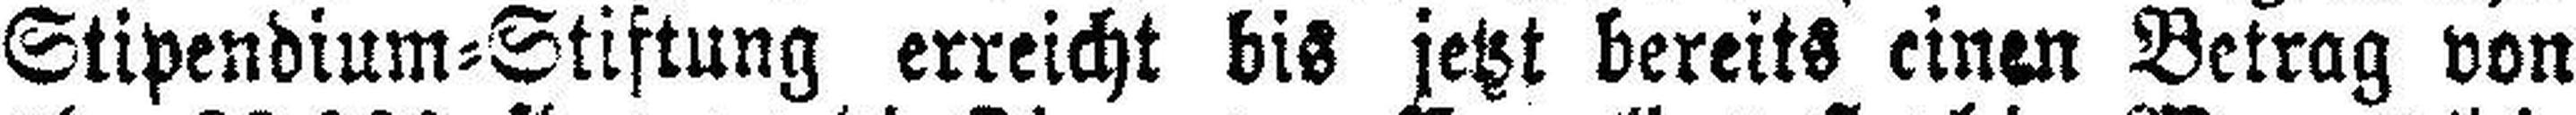
Stipendium=Stiftung erreicht bis jetzt bereits einen Betrag von